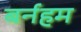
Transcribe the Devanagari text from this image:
बर्नहम